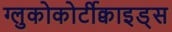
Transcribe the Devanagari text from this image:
ग्लुकोकोर्टीक्वाइड्स